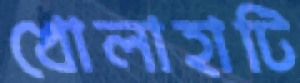
খোলাহাটি